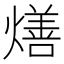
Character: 㷽